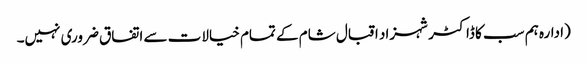
(ادارہ ہم سب کا ڈاکٹر شہزاد اقبال شام کے تمام خیالات سے اتفاق ضروری نہیں۔